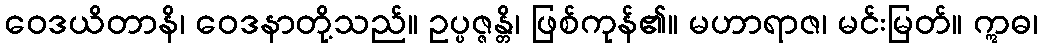
ဝေဒယိတာနိ၊ ဝေဒနာတို့သည်။ ဥပ္ပဇ္ဇန္တိ၊ ဖြစ်ကုန်၏။ မဟာရာဇ၊ မင်းမြတ်။ ဣဓ၊